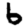
Digit: 6